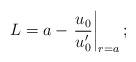
LaTeX: \begin{align*}L= a - \left.\frac{u_0}{u_0^\prime}\right|_{r=a};\end{align*}